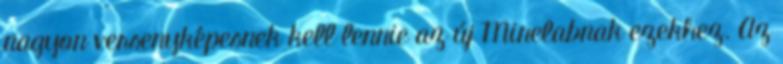
nagyon versenyképesnek kell lennie az új Minelabnak ezekhez. Az